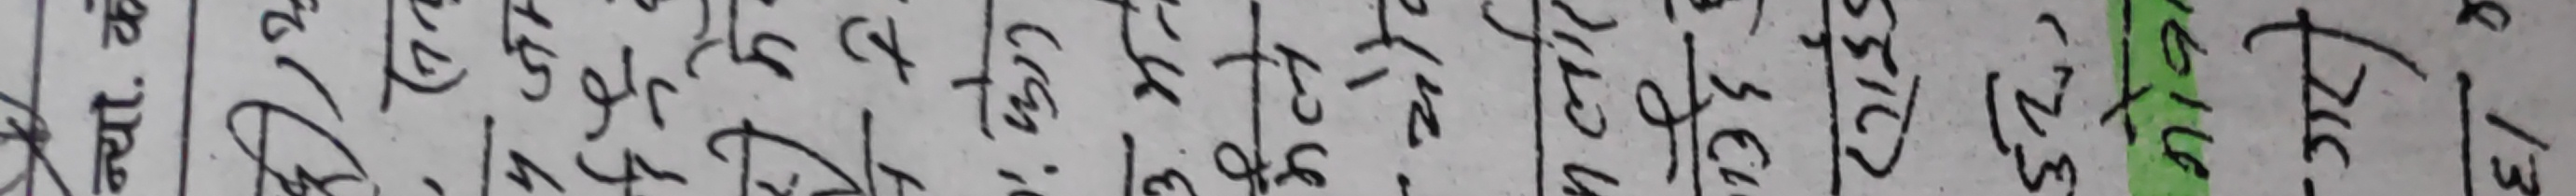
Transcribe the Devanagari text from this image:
प्रा श य प मा १३
य स ऐ प्र को ३४
ले ब अ म छ ५७
प्र ल ज ला टे ९२
ते का रा प स ५०
वा मा ठ म आ १६